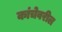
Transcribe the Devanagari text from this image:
कांचेवरील